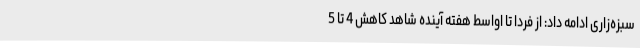
سبزه‌زاری ادامه داد: از فردا تا اواسط هفته آینده شاهد کاهش 4 تا 5